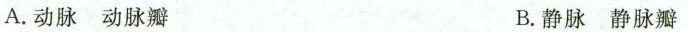
A.动脉动脉瓣 B.静脉静脉瓣